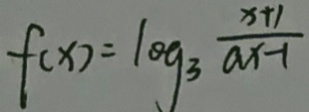
f ( x ) = \log _ { 3 } \frac { x + 1 } { a x - 1 }